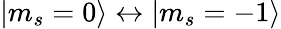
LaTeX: |m_{s}=0\rangle\leftrightarrow|m_{s}=-1\rangle